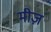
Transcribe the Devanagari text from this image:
मीज़